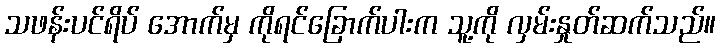
သဖန်းပင်ရိပ် အောက်မှ ကိုရင်ခြောက်ပါးက သူ့ကို လှမ်းနှုတ်ဆက်သည်။